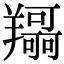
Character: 𦏤